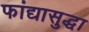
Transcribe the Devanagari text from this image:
फांद्यासुद्धा